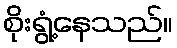
စိုးရွံ့နေသည်။